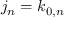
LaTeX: j _ { n } = k _ { 0 , n }